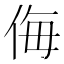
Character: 侮